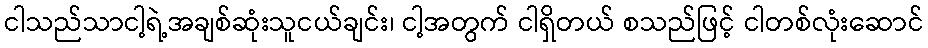
ငါသည်သာငါ့ရဲ့အချစ်ဆုံးသူငယ်ချင်း၊ ငါ့အတွက် ငါရှိတယ် စသည်ဖြင့် ငါတစ်လုံးဆောင်